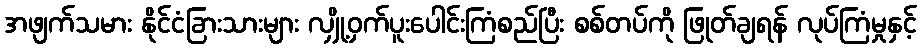
အဖျက်သမား နိုင်ငံခြားသားများ လျှို့ဝှက်ပူးပေါင်းကြံစည်ပြီး စစ်တပ်ကို ဖြုတ်ချရန် လုပ်ကြံမှုနှင့်